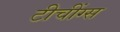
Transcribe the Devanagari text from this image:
टीचींग्स